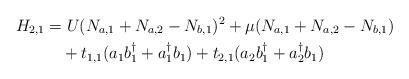
LaTeX: \begin{align*}H_{2,1} &= U(N_{a,1}+N_{a,2}-N_{b,1})^2+\mu(N_{a,1}+N_{a,2}-N_{b,1}) \\&\quad+t_{1,1}(a_{1}b_{1}^\dagger+a_{1}^\dagger b_{1})+t_{2,1}(a_{2}b_{1}^\dagger+a_{2}^\dagger b_{1})\end{align*}